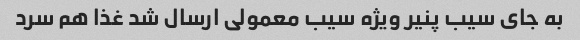
به جای سیب پنیر ویژه سیب معمولی ارسال شد غذا هم سرد